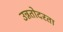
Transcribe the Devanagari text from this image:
उन्नतोदरता